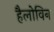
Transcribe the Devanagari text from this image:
हैलोविन